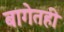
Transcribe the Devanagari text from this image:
बागेतही